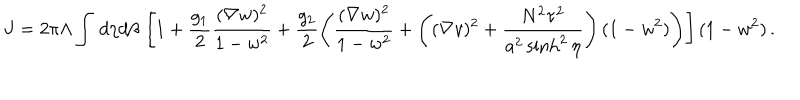
LaTeX: J = 2 \pi \Lambda \int \, d \eta d \beta \, \left[ 1 + \frac { g _ { 1 } } { 2 } \frac { ( \nabla w ) ^ { 2 } } { 1 - w ^ { 2 } } + \frac { g _ { 2 } } { 2 } \left( \frac { ( \nabla w ) ^ { 2 } } { 1 - w ^ { 2 } } + \left( ( \nabla v ) ^ { 2 } + \frac { N ^ { 2 } \tau ^ { 2 } } { a ^ { 2 } \sinh ^ { 2 } \eta } \right) ( 1 - w ^ { 2 } ) \right) \right] ( 1 - w ^ { 2 } ) \, .